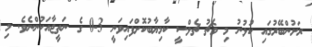
ރަށުންބޭރުގައި ކުޅުނު މި މެޗު ޗެލްސީ ކާމިޔާބުކޮށްފައިވަނީ 3-0 ގެ ނަތީޖާއަކުންނެވެ. މި